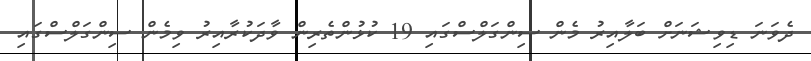
ދެވަނަ ޑިވިޝަނަށް ބަލާއިރު މެން ސިންގަލްސްގައި 19 ކުޅުންތެރިން ވާދަކުރާއިރު ވިމެން ސިންގަލްސްގައި